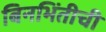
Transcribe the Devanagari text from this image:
बिनभिंतीची